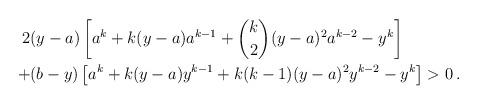
LaTeX: \begin{align*}2&(y-a)\left[a^k+k(y-a)a^{k-1}+\binom{k}{2}(y-a)^2a^{k-2}-y^k\right] \\+&(b-y)\left[a^k+k(y-a)y^{k-1}+k(k-1)(y-a)^2y^{k-2}-y^k\right]>0\,.\end{align*}